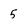
Character: 5